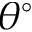
\theta ^ { \circ }